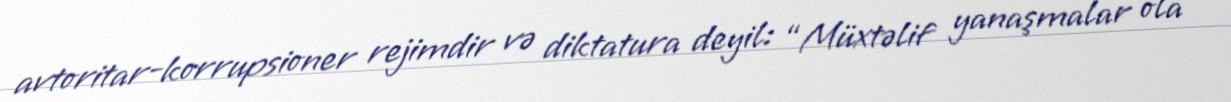
avtoritar-korrupsioner rejimdir və diktatura deyil: “Müxtəlif yanaşmalar ola